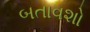
બતાવશો